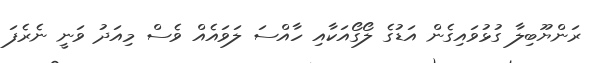
ރަންޔޫބިލާ ގުޅުވައިގެން އަޑުގެ ލޯގޯއަކާއި ހާއްސަ ލަވައެއް ވެސް މިއަދު ވަނީ ނެރެފަ